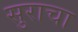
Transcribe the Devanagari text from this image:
सुराचा